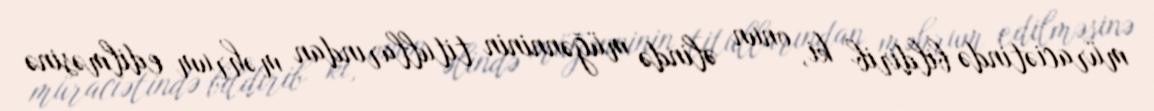
müraciətində bildirib ki, onun əlində müğənninin titullarından məhrum edilməsinə